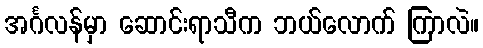
အင်္ဂလန်မှာ ဆောင်းရာသီက ဘယ်လောက် ကြာလဲ။